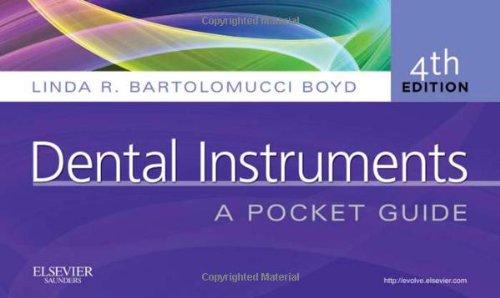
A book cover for Dental Instruments: A Pocket Guide, 4e; Linda R. Bartolomucci Boyd; Medical Books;